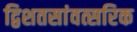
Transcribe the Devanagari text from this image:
द्विशतसांवत्सरिक